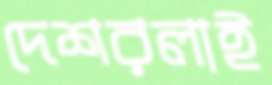
দেশরলাই